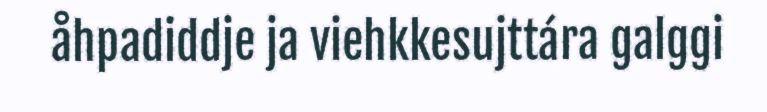
åhpadiddje ja viehkkesujttára galggi